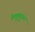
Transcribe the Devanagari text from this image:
केष़ुकुट्टुवन